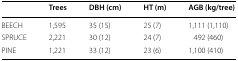
<table><thead><tr><td></td><td><b>Trees</b></td><td><b>DBH (cm)</b></td><td><b>HT (m)</b></td><td><b>AGB (kg/tree)</b></td></tr></thead><tbody><tr><td>BEECH</td><td>1,595</td><td>35 (15)</td><td>25 (7)</td><td>1,111 (1,110)</td></tr><tr><td>SPRUCE</td><td>2,221</td><td>30 (12)</td><td>24 (7)</td><td>492 (460)</td></tr><tr><td>PINE</td><td>1,221</td><td>33 (12)</td><td>23 (6)</td><td>1,100 (410)</td></tr></tbody></table>